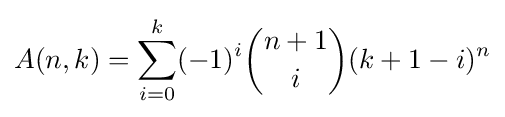
A(n,k)=\sum _{i=0}^{k}(-1)^{i}{\binom {n+1}{i}}(k+1-i)^{n}